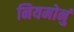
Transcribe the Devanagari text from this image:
नियमोनुं